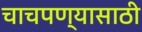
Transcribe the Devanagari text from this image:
चाचपण्यासाठी